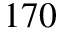
1 7 0